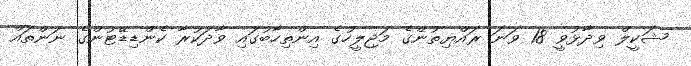
ޝަކީލް ވިދާޅުވީ 18 ވަނަ ރައްޔިތުންގެ މަޖިލީހުގެ އިންތިހާބުގައި ވާދަކުރާ ކެންޑިޑޭޓުންގެ ނަންތައް